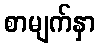
စာမျက်နှာ